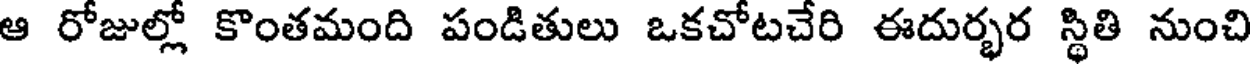
ఆ రోజుల్లో కొంతమంది పండితులు ఒకచోటచేరి ఈదుర్భర స్థితి నుంచి